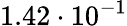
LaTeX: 1.42\cdot 10^{-1}